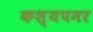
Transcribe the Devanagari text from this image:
कश्यपमर